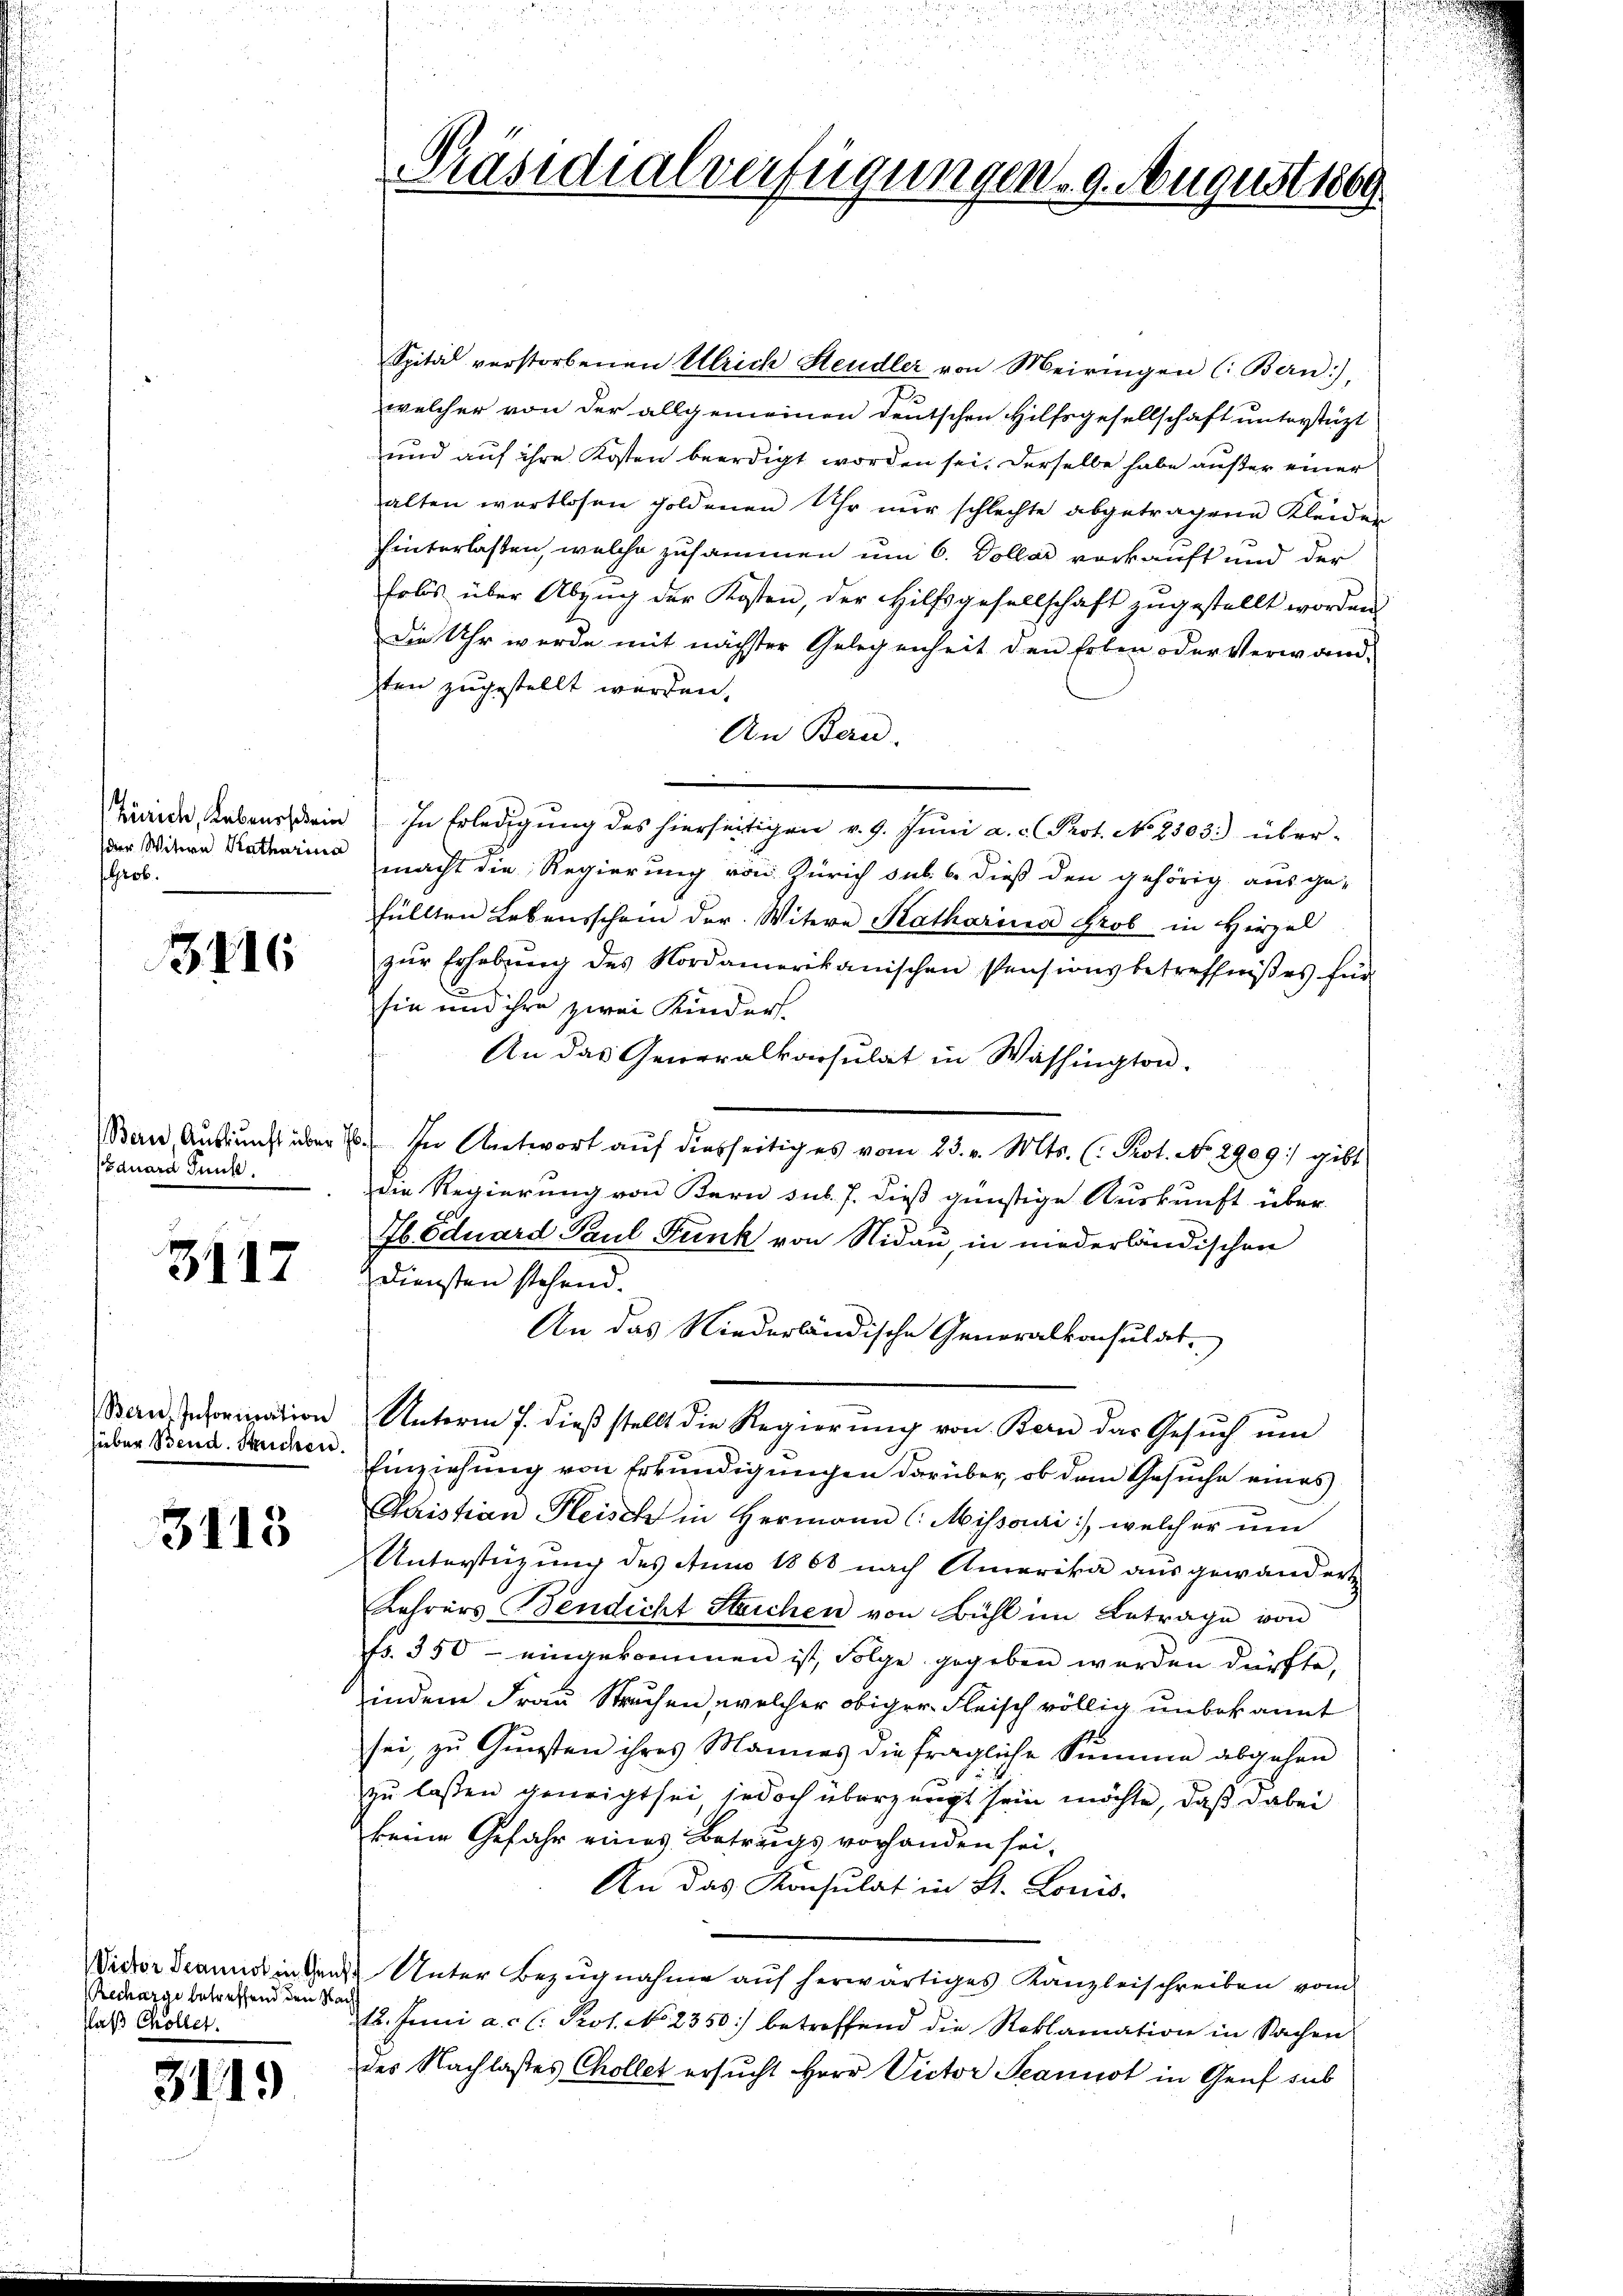
dier Witwe Katharina
Grob.

3416

Eduard Punk

3117

Bern Information
hieber Bend. Streichen.

3113

Recharge betreffend den Nacht
Flaß Chöller.

311.

Präsidialverfügungen. 9. August 1869

Spital verstorbenen Ulrich Steudler von Meiringen (Bern),
welcher von der allgemeinen deutschen Hilfsgesellschaft unterstüzt
und auf ihre Kosten beerdigt worden sei. Derselbe habe außer einer
alten wertlosen goldenen Uhr nŭr schlechte abgetragene Kleider
hinterlassen, welche zusammen um 6. Dollar vorkauft und der
folos über Abzug der Kosten, der Hilfsgesellschaft zugestellt worden
die Uhr werde mit nächster Gelegenheit den Erben oder Verwand-
sten zugestellt werden.
An Bau-
Taine Rebensein. In Erledigung des hierseitigen v. 9. Jŭni a.c. Prot. No 2303) über-
macht die Regierung von Zürich sub. 6. dieß den gehörig ausge-
füllten Lebensschein der Witere Katharina Grob in Hirzel
zŭr Erhebŭng des Nordamerikanischen Pensionsbetreffnißes für
sie und ihre zwei Kinders.
An das Generalkonsulat in Washington.
Bern Auskunft über 1. In Antwort aŭf diesseitig es vom 23. v. Mts. (: Prot. No. 2909) gibt
die Regierung von Bern sub. J. dieß günstige Auskunft über-
Jb. Eduard Paul Funk von Nidau, in niederländischen
Diensten stehend.
An das Niederländische Generalkonsulat
Unterm 7. dieβ stellt die Regierŭng von Bern das Gesŭch ŭm
Einziehung von Erkundigungen darüber, ob dem Gesuche eines
Christian Fleisch in Hermann C. Missari, welcher um
Unterstüzung des Anno 1868 nach Amerika ausgewandert
Lehrers Bendicht Steichen von Bühl im Betrage von
Fr. 350 - eingekommen ist, Folge gegeben werden dürfte,
indem Frau Strechen, welcher obiger Fleisch völlig unbekannt
sei, zu Gunsten ihres Mannes die fragliche Summe abgehen

zu lassen geneigt sei jedoch überzeugt sein möchte, daß dabei
keine Gefahr eines Betrugs vorhanden sei.
An das Konsulat in St. Louis-
Victor Dann in Gens Unter Bezugnahme auf herwärtiges Kanzleischreiben vom
12. Juni a. c. l. Prot. No. 2350) betreffend die Reklamation in Sachen
des Nachlasses Chollet ersucht Herr Victor Scannot in Genf sub